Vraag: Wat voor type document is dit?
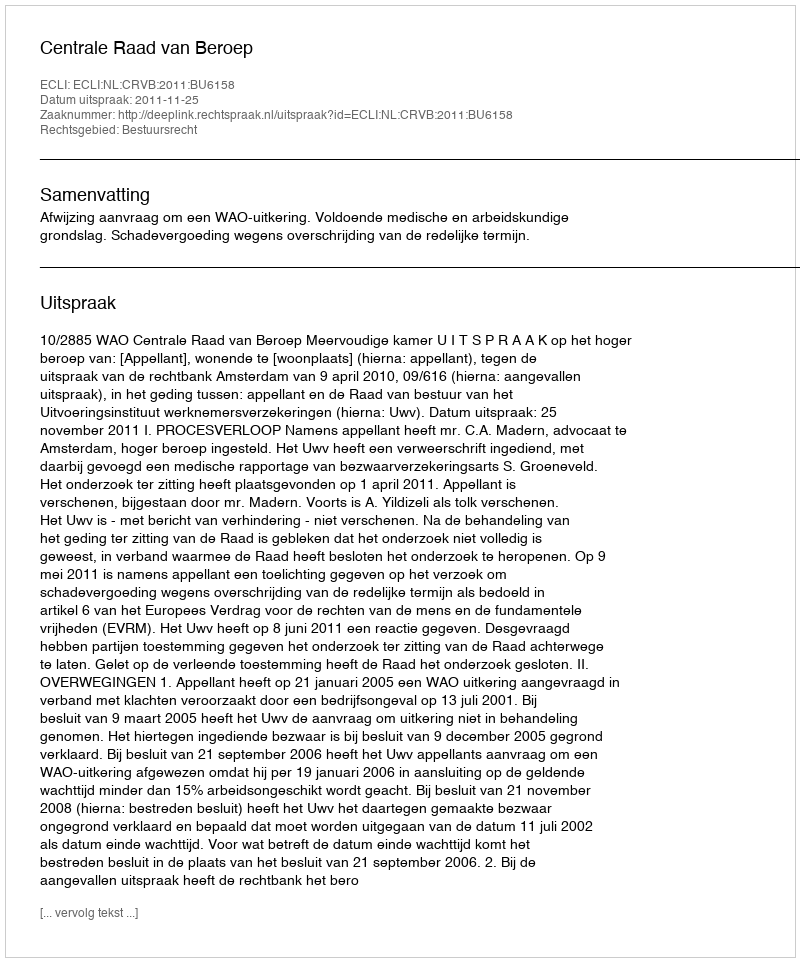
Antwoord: Uitspraak